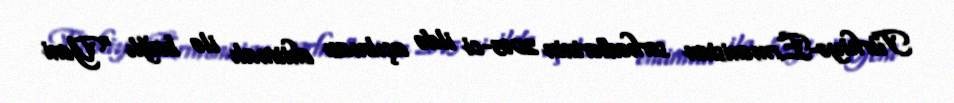
Türkiyə-Ermənistan sərhədlərinin 2015-ci ildə açılması ehtimalı ilə bağlı “Yeni